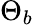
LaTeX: \Theta_{b}